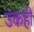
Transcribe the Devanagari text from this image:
उकहीं